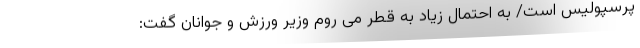
پرسپولیس است/ به احتمال زیاد به قطر می روم وزیر ورزش و جوانان گفت: